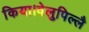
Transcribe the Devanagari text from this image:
किया।वेलुपिल्लै